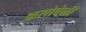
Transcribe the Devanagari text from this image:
करतेवेळीं